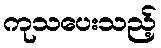
ကုသပေးသည့်